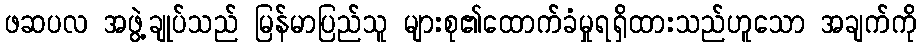
ဖဆပလ အဖွဲ့ချုပ်သည် မြန်မာပြည်သူ များစု၏ထောက်ခံမှုရရှိထားသည်ဟူသော အချက်ကို